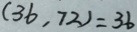
( 3 6 , 7 2 ) = 3 6